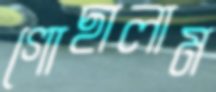
গোছালাম